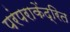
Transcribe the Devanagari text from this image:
परंपराकेंद्रित